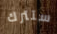
ستترك